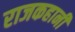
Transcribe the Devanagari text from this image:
राजकहानी